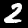
Label: 2